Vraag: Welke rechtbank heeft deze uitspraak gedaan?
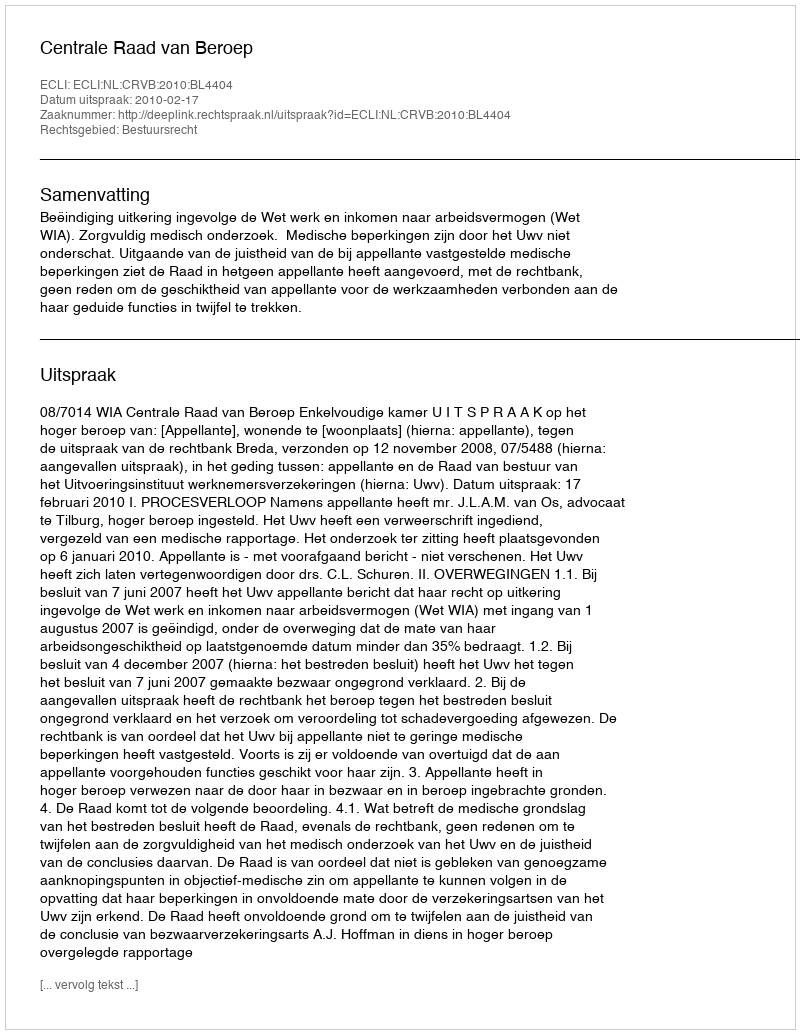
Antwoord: Centrale Raad van Beroep